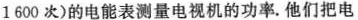
1600次)的电能表测量电视机的功率。他们把电